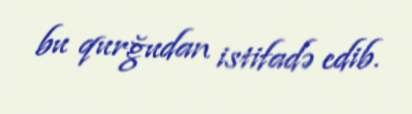
bu qurğudan istifadə edib.